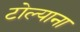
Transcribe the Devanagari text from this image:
टोल्याना